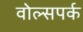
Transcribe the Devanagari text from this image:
वोल्सपर्क